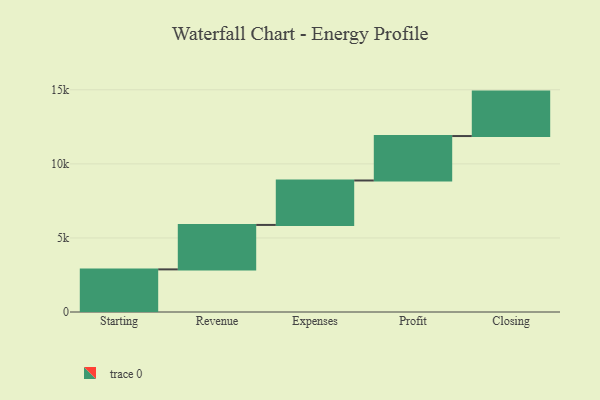
{"axis": {"x": "Step", "y": "Value"}, "legend": [""], "data": [{"x": "Starting", "y": 2877.0, "type": ""}, {"x": "Revenue", "y": 3000, "type": ""}, {"x": "Expenses", "y": 3000, "type": ""}, {"x": "Profit", "y": 3000, "type": ""}, {"x": "Closing", "y": 3000, "type": ""}]}